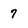
Character: 7